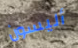
أليسون